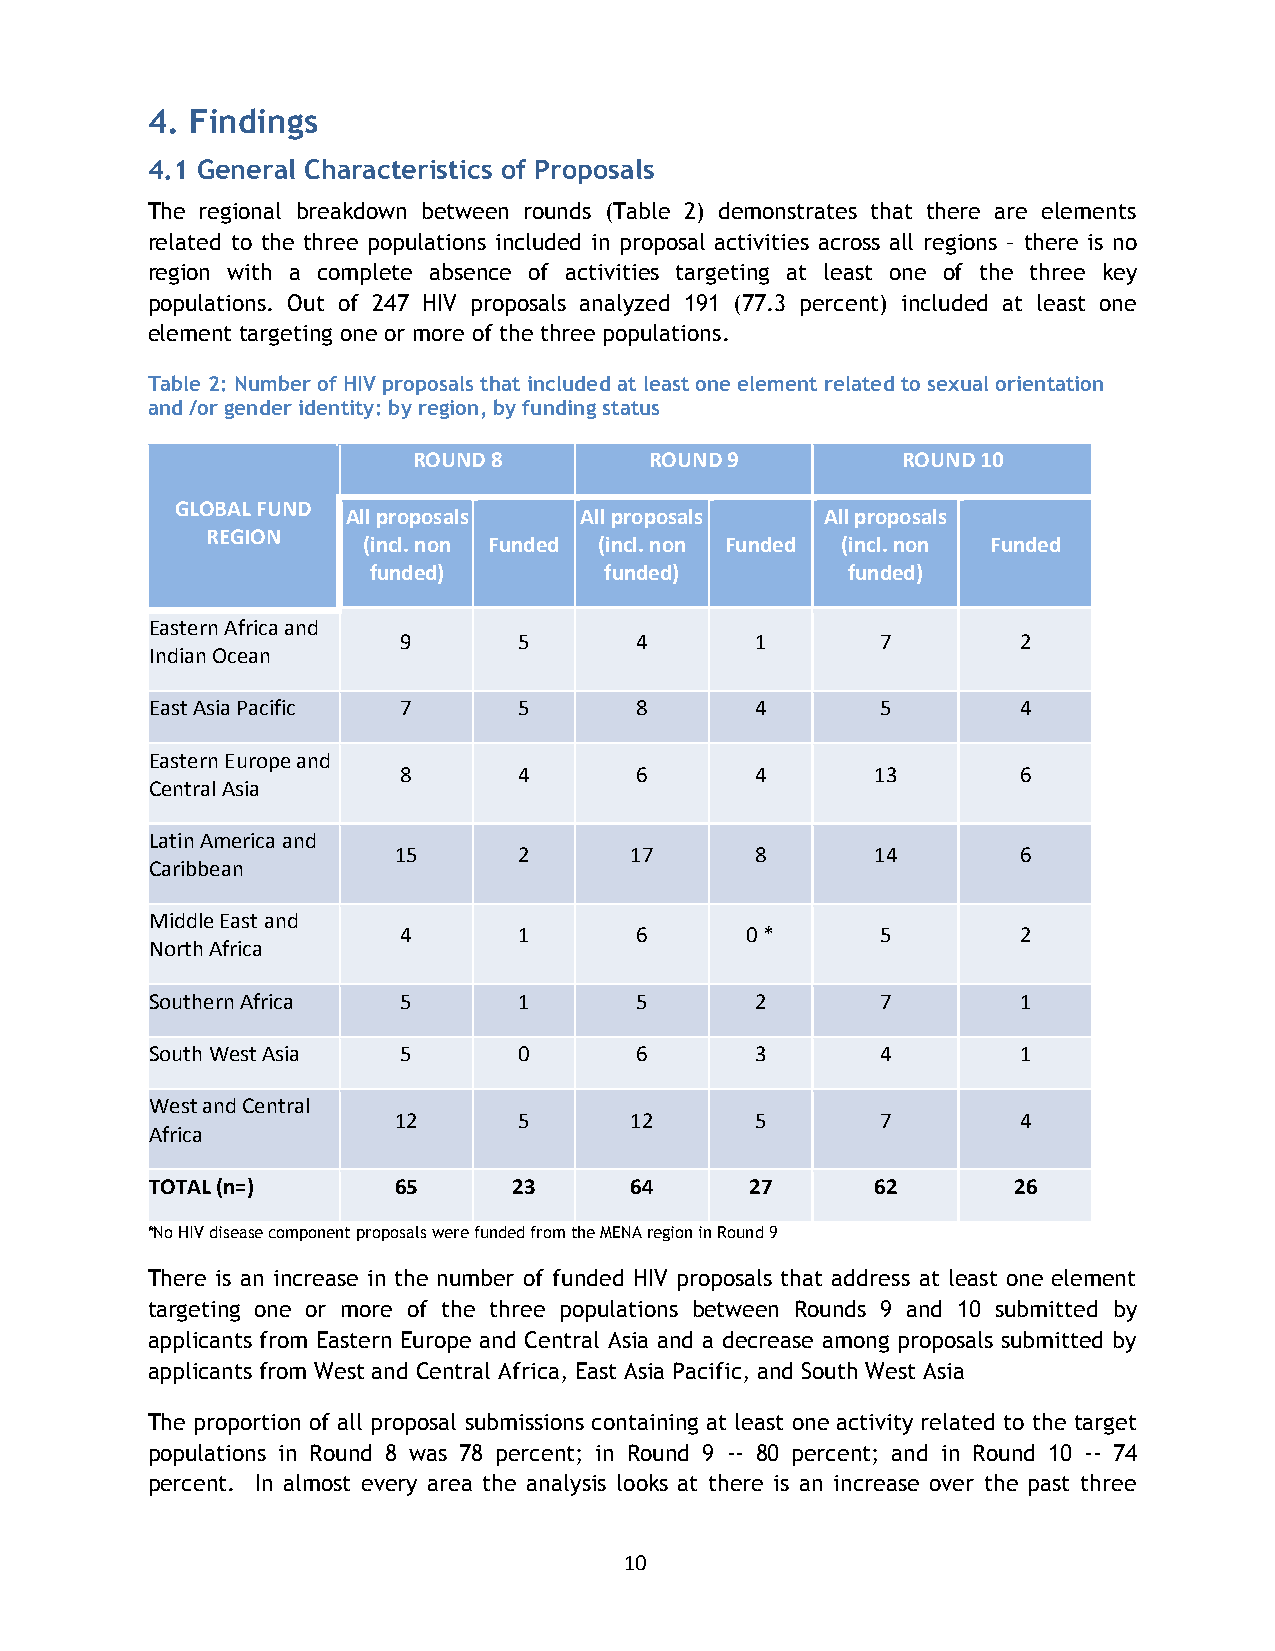
4. Findings
 4.1 General Characteristics of Proposals
 The regional breakdown between rounds (Table 2) demonstrates that there are elements
 related to the three populations included in proposal activities across all regions – there is no
 region with a complete absence of activities targeting at least one of the three key
 populations. Out of 247 HIV proposals analyzed 191 (77.3 percent) included at least one
 element targeting one or more of the three populations.
 Table 2: Number of HIV proposals that included at least one element related to sexual orientation
 and /or gender identity: by region, by funding status
 ROUND 8         ROUND 9          ROUND 10
 GLOBAL FUND
 All proposals  All proposals    All proposals
 REGION
 (incl. non Funded (incl. non Funded (incl. non Funded
 funded)         funded)         funded)
 Eastern Africa and
 9      5       4       1       7         2
 Indian Ocean
 East Asia Pacific 7     5       8       4       5         4
 Eastern Europe and
 8      4       6       4       13        6
 Central Asia
 Latin America and
 15      2       17      8       14        6
 Caribbean
 Middle East and
 4      1       6      0 *      5         2
 North Africa
 Southern Africa  5      1       5       2       7         1
 South West Asia  5      0       6       3       4         1
 West and Central
 12      5       12      5       7         4
 Africa
 TOTAL (n=)      65      23      64      27      62       26
 *No HIV disease component proposals were funded from the MENA region in Round 9
 There is an increase in the number of funded HIV proposals that address at least one element
 targeting one or more of the three populations between Rounds 9 and 10 submitted by
 applicants from Eastern Europe and Central Asia and a decrease among proposals submitted by
 applicants from West and Central Africa, East Asia Pacific, and South West Asia
 The proportion of all proposal submissions containing at least one activity related to the target
 populations in Round 8 was 78 percent; in Round 9 -- 80 percent; and in Round 10 -- 74
 percent. In almost every area the analysis looks at there is an increase over the past three
 10